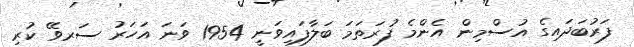
ފަރުބަދައިގެ އުސްމިން އެންމެ ފުރަތަމަ ބަލާފައިވަނީ 1954 ވަނަ އަހަރު ސަރވޭ ކުރި